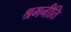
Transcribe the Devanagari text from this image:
श्रमनीति